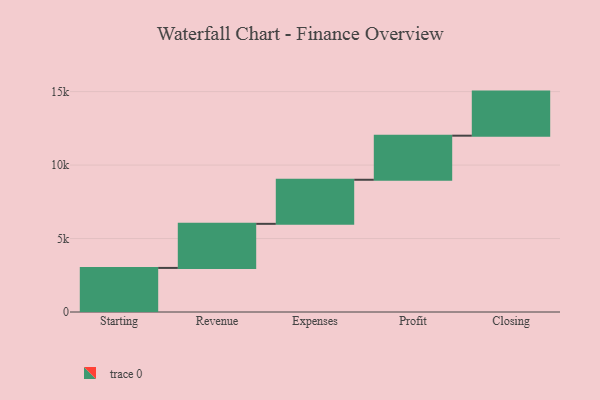
{"axis": {"x": "Step", "y": "Value"}, "legend": [""], "data": [{"x": "Starting", "y": 3000, "type": ""}, {"x": "Revenue", "y": 3000, "type": ""}, {"x": "Expenses", "y": 3000, "type": ""}, {"x": "Profit", "y": 3000, "type": ""}, {"x": "Closing", "y": 3000, "type": ""}]}